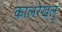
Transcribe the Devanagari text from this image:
कालरेखलु